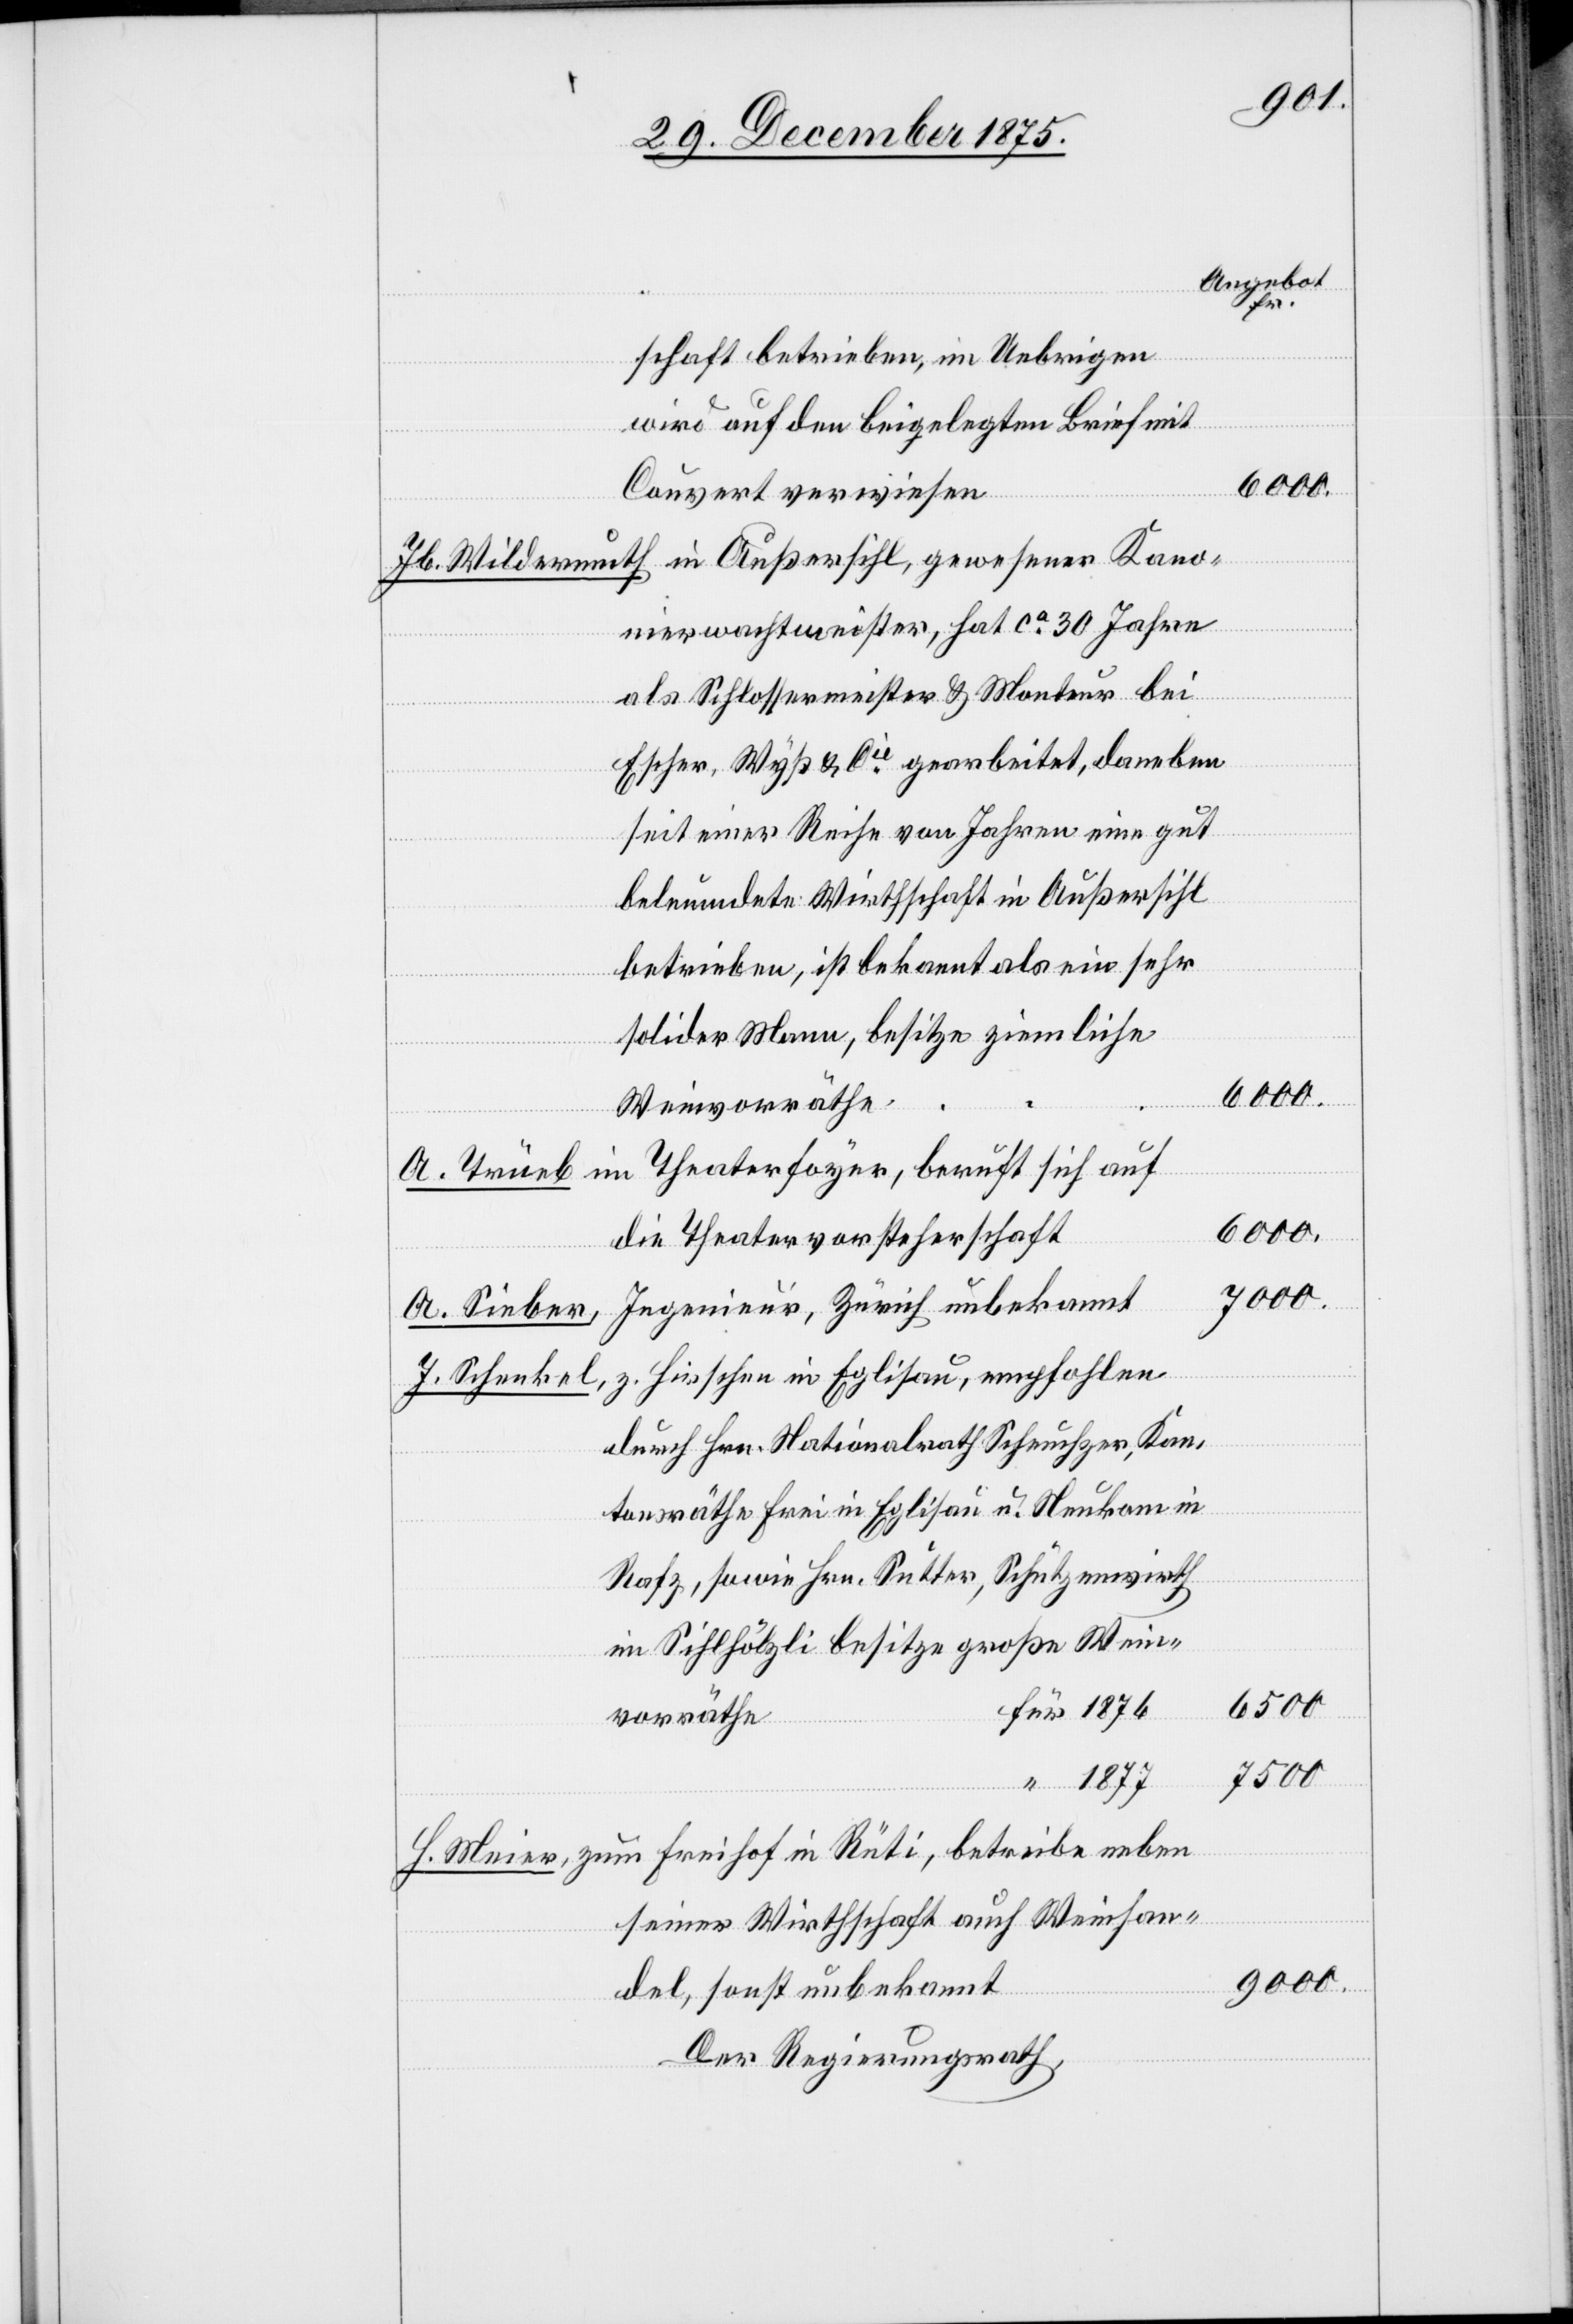
schaft betrieben, im Übrigen
wird auf den beigelegten Brief mit
betreibe
Couvert verwiesen.
nierwachtmeister, hat ca 30 Jahre
als Schlossermeister & Monteur bei
Escher, Wyß & Cie gearbeitet, daneben
seit einer Reihe von Jahren eine gut
beleumdete Wirthschaft in Außersihl
betrieben, ist bekannt als ein sehr
z.
solider Mann, besitze ziemliche
Weinvorräthe
neben
die Theatervorsteherschaft
Ingenieur, Zürich unbekannt
A. Sieber,
durch Hrn. Nationalrath Scheuchzer, Kan¬
tonsräthe Frei in Eglisau u. Neukomm in
Rafz, sowie Hrn. Sutter, Schützenwirth
im Sihlhölzli, besitze große Wein¬
für 1876
vorräthe
“ 1877
seiner Wirthschaft auch Weinhan¬
del, sonst unbekannt
Der Regierungsrath,

H.
6000.
im
7000.
6500.
9000.